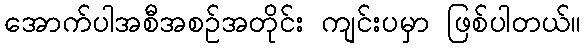
အောက်ပါအစီအစဉ်အတိုင်း ကျင်းပမှာ ဖြစ်ပါတယ်။